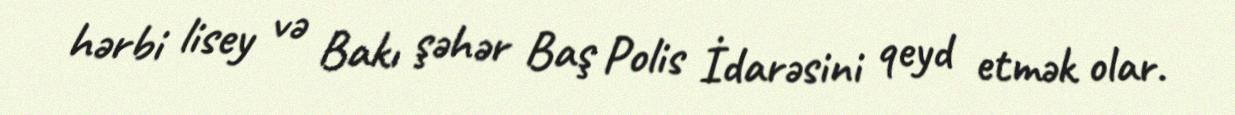
hərbi lisey və Bakı şəhər Baş Polis İdarəsini qeyd etmək olar.